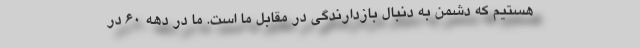
هستیم که دشمن به دنبال بازدارندگی در مقابل ما است. ما در دهه 60 در